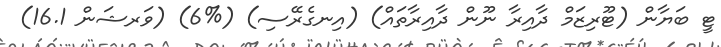
ޓީ ބަޔާން (ޓޫރިޒަމް ދާއިރާ ނޫން ދާއިރާތައް) (އިނގެރޭސި) (%6) (ވަރޝަން 16.1)